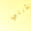
أنني